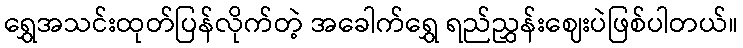
ရွှေအသင်းထုတ်ပြန်လိုက်တဲ့ အခေါက်ရွှေ ရည်ညွှန်းဈေးပဲဖြစ်ပါတယ်။